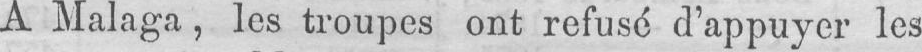
A Malaga, les troupes ont refusé d’appuyer les